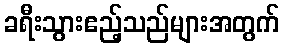
ခရီးသွားဧည့်သည်များအတွက်